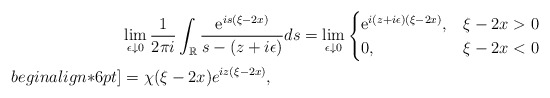
\begin{align*}&\lim _{\epsilon \downarrow 0} \frac{1}{2 \pi i} \int_{\mathbb{R}} \frac{\mathrm{e}^{i s(\xi-2x)}}{s- (z+i \epsilon)} d s=\lim _{\epsilon \downarrow0}\begin{cases}\mathrm{e}^{ i(z+i \epsilon)(\xi-2x)}, & \xi-2x>0 \\0, & \xi-2x<0\end{cases}\\begin{align*}6pt]&=\chi(\xi-2x)e^{iz(\xi-2x) },\end{align*}